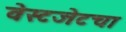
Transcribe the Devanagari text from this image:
वेस्टजेटचा